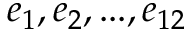
e _ { 1 } , e _ { 2 } , . . . , e _ { 1 2 }